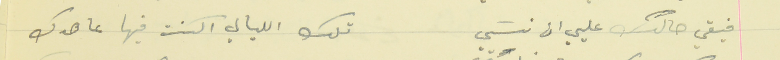
فيقي حالك عليي ان نسَي                                     تلك الليالي الكنت فيها عاهدك